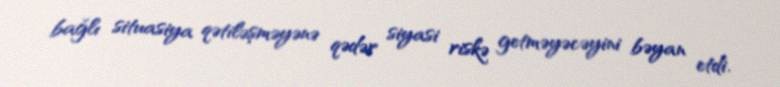
bağlı situasiya qətiləşməyənə qədər siyasi riskə getməyəcəyini bəyan etdi.